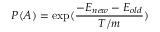
P ( A ) = \exp ( \frac { - E _ { n e w } - E _ { o l d } } { T / m } )